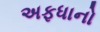
અફધાનો